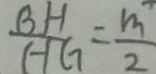
\frac { B H } { H G } = \frac { m } { 2 }